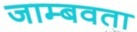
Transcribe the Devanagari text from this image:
जाम्बवता